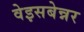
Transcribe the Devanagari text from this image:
वेइसबेन्नर